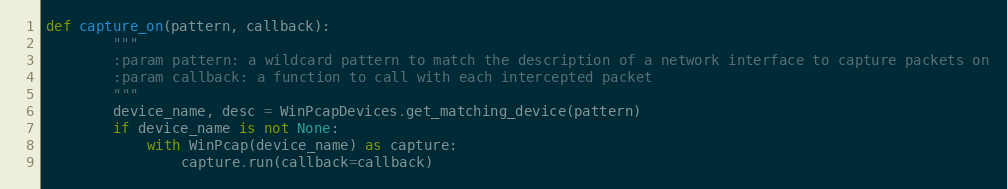
Language: Python
def capture_on(pattern, callback):
        """
        :param pattern: a wildcard pattern to match the description of a network interface to capture packets on
        :param callback: a function to call with each intercepted packet
        """
        device_name, desc = WinPcapDevices.get_matching_device(pattern)
        if device_name is not None:
            with WinPcap(device_name) as capture:
                capture.run(callback=callback)